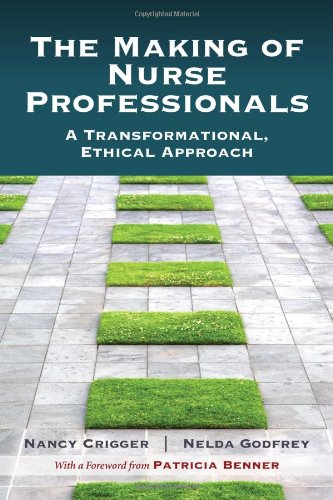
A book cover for The Making of Nurse Professionals: A Transformational, Ethical Approach; Nancy Crigger; Medical Books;